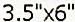
3.5"X6"